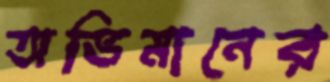
অভিমানের